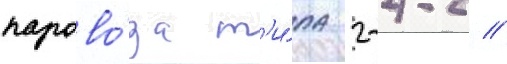
парово́за т'и́па 2-4-2 //